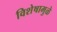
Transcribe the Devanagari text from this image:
विशेषामुळे